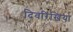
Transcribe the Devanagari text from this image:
दिवरिखिया